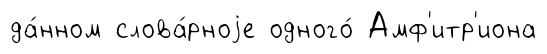
да́нном слова́рноjе одного́ Амф'итр'иона